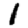
Digit: 1